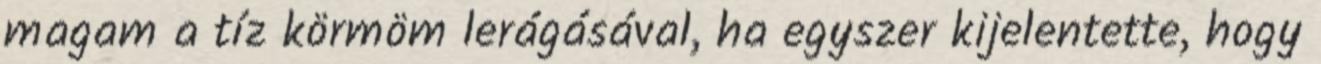
magam a tíz körmöm lerágásával, ha egyszer kijelentette, hogy